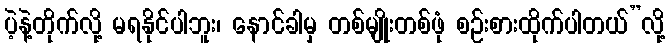
ပဲ့နဲ့တိုက်လို့ မရနိုင်ပါဘူး၊ နောင်ခါမှ တစ်မျိုးတစ်ဖုံ စဉ်းစားထိုက်ပါတယ်”လို့